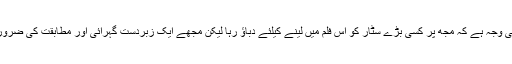
بھارت میں آرٹ کے ساتھ اکانومی کا ہمیشہ سے تصادم رہا ہے اور یہی وجہ ہے کہ مجھ پر کسی بڑے سٹار کو اس فلم میں لینے کیلئے دباﺅ رہا لیکن مجھے ایک زبردست گہرائی اور مطابقت کی ضرورت ہے جو صرف نواز الدین صدیقی ہی اس کردار کو دے سکتے ہیں“۔